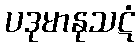
ပဒုမာနုသဋံ